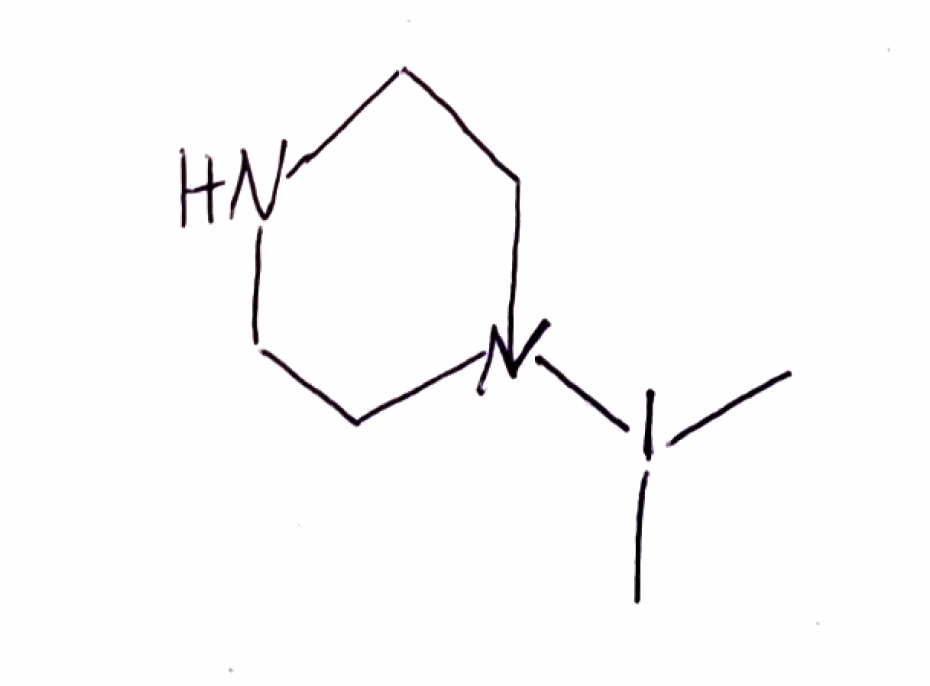
Simplified molecular-input line-entry system (SMILES) notation of the given molecule:
CI(C)N1CCNCC1